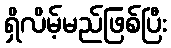
ရှိလိမ့်မည်ဖြစ်ပြီး